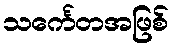
သင်္ကေတအဖြစ်